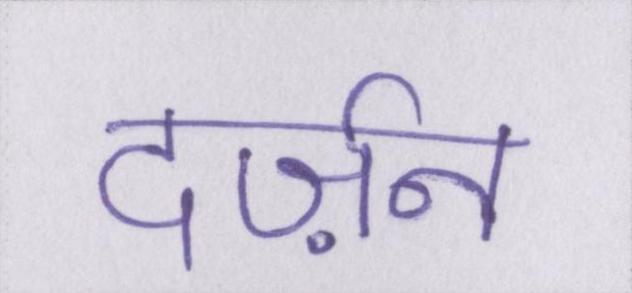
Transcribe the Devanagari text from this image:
दर्ज़न